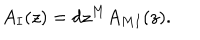
A _ { I } ( z ) = d z ^ { M } A _ { M I } ( z ) .